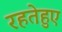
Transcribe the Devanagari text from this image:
रहतेहुए